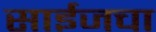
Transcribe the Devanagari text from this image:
साईजचा